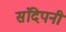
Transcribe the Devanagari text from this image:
संदिपनी